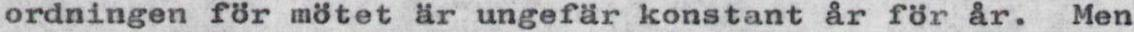
ordningen för mötet är ungefär konstant år för år. Men